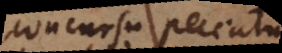
concursu peccatum